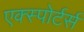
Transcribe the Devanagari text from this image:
एक्स्पोर्टर्स